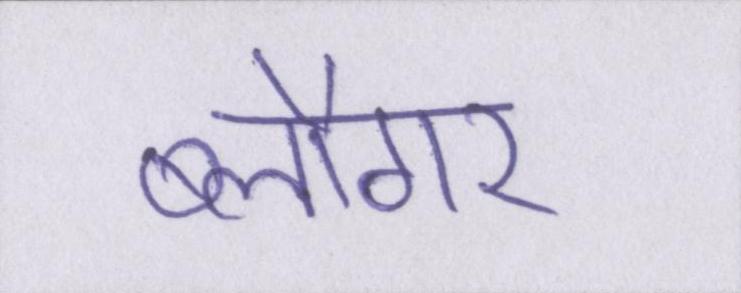
ब्लौगर